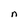
Character: n